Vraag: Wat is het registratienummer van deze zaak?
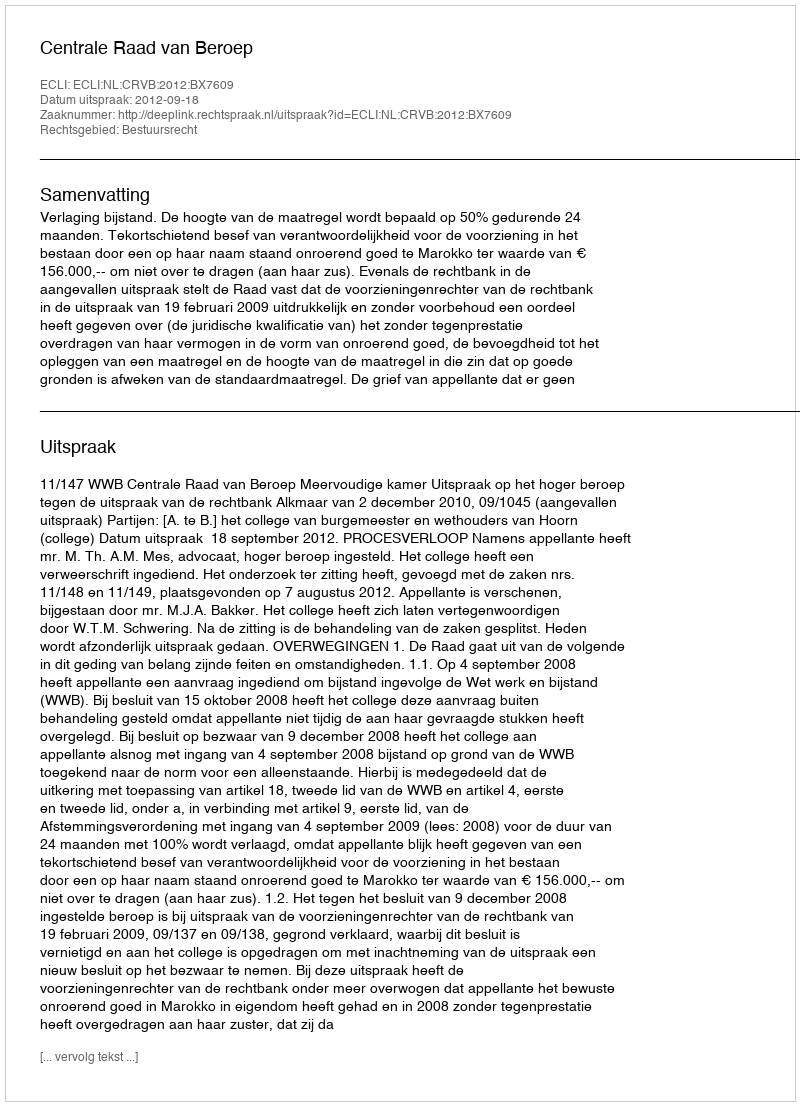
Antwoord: http://deeplink.rechtspraak.nl/uitspraak?id=ECLI:NL:CRVB:2012:BX7609